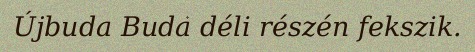
Újbuda Buda déli részén fekszik.